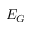
E _ { G }